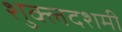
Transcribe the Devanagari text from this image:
शुक्लदशमी